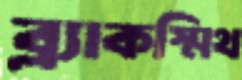
ব্ল্যাকস্মিথ